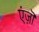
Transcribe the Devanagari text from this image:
एंज़ॊ